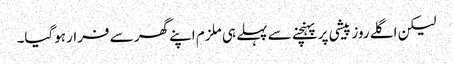
لیکن اگلے روز پیشی پر پہنچنے سے پہلے ہی ملزم اپنے گھر سے فرار ہوگیا۔